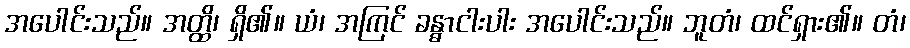
အပေါင်းသည်။ အတ္ထိ၊ ရှိ၏။ ယံ၊ အကြင် ခန္ဓာငါးပါး အပေါင်းသည်။ ဘူတံ၊ ထင်ရှား၏။ တံ၊